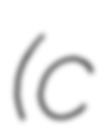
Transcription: (c